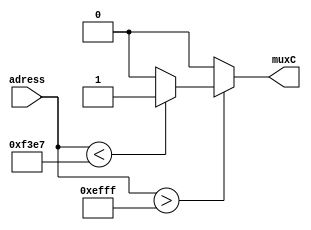
module ADDRDecoding (
	input [15:0] adress,
	output reg muxC
);

always @(adress) begin
	if (adress > 16'hEFFF) begin
		if (adress < 16'hF3E7 ) begin
			muxC = 1;
		end
		else muxC = 0;
	end
	else muxC = 0;
end

endmodule